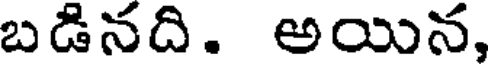
బడినది. అయిన,